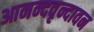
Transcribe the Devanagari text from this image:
आनन्दवृन्दावन